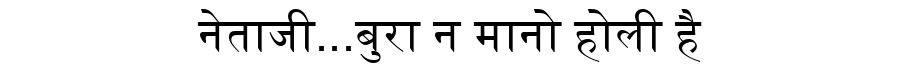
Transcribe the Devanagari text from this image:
नेताजी...बुरा न मानो होली है